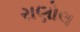
રાણોલ